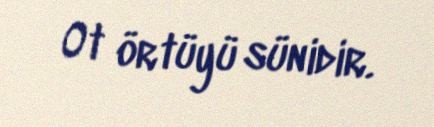
Ot örtüyü sünidir.